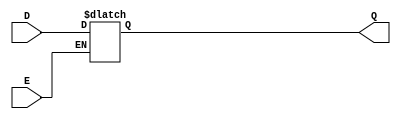
module async_gated_latch (
    input wire D,    // Data Input
    input wire E,    // Enable Signal
    output reg Q     // Output
);

    always @* begin
        if (E) begin
            Q = D;  // Capture the value of D when E is high
        end
        // If E is low, Q retains its previous state (no need to specify, as it's a reg)
    end

endmodule